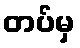
တပ်မှ